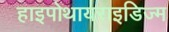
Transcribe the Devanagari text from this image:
हाइपोथायराइडिज्म